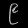
Digit: ၉